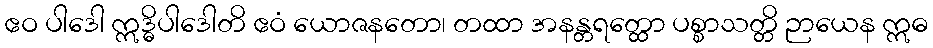
ဧဝ ပါဒေါ ဣဒ္ဓိပါဒေါတိ ဧဝံ ယောဇနတော၊ တထာ အနန္တရတ္ထော ပစ္စာသတ္တိ ဉာယေန ဣဓ